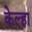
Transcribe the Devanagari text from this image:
केल्हा